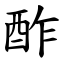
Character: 酢